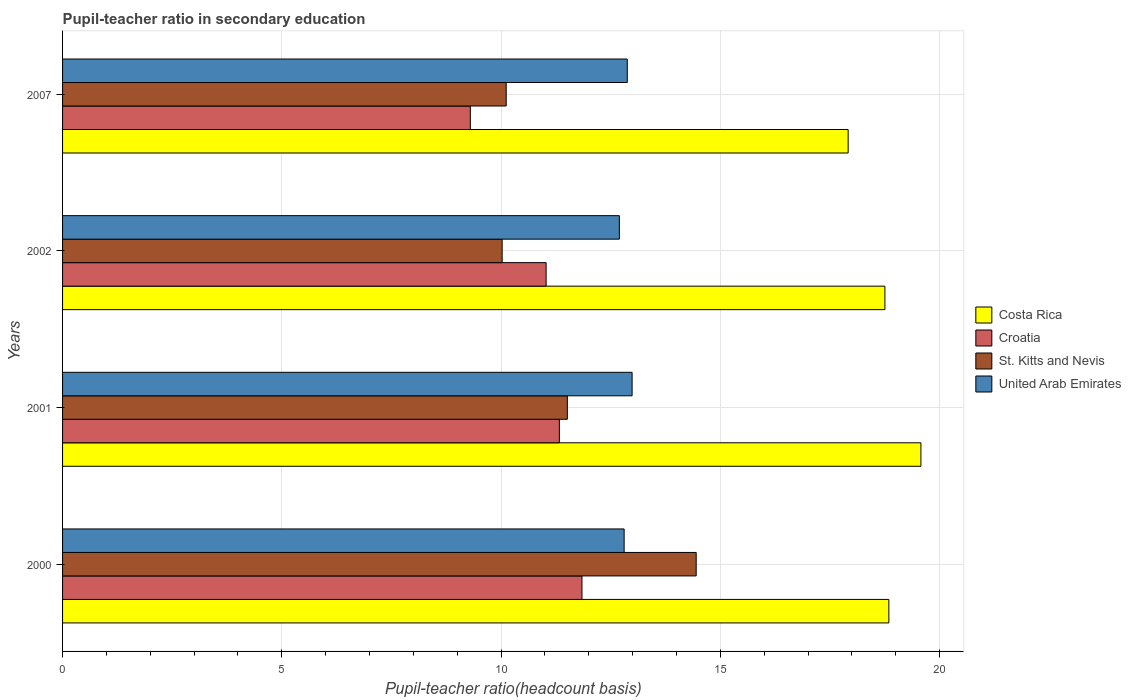
| Years | Costa Rica | Croatia | St. Kitts and Nevis | United Arab Emirates |
 | --- | --- | --- | --- | --- |
 | 2000 | 18.8 | 11.8 | 14.4 | 12.8 |
 | 2001 | 19.6 | 11.3 | 11.5 | 13 |
 | 2002 | 18.8 | 11 | 10 | 12.7 |
 | 2007 | 17.9 | 9.3 | 10.1 | 12.9 |